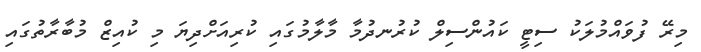
މިރޭ ފުވައްމުލަކު ސިޓީ ކައުންސިލް ކުރުނދުމާ މާލާމުގައި ކުރިއަށްދިޔަ މި ކުއިޒް މުބާރާތުގައި